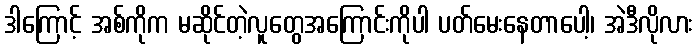
ဒါကြောင့် အစ်ကိုက မဆိုင်တဲ့လူတွေအကြောင်းကိုပါ ပတ်မေးနေတာပေါ့၊ အဲဒီလိုလား